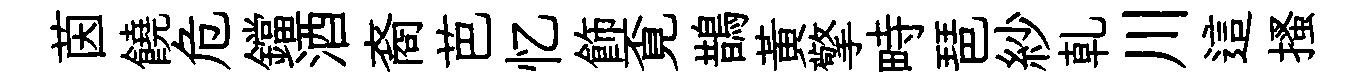
茵饒危鐺酒裔芭忆飾覔鵲黄擎畤琶紗乹川這搔